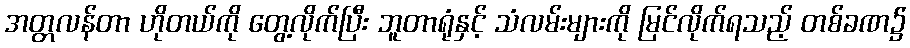
အတ္တလန်တာ ဟိုတယ်ကို တွေ့လိုက်ပြီး ဘူတာရုံနှင့် သံလမ်းများကို မြင်လိုက်ရသည့် တစ်ခဏ၌